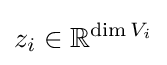
z_{i}\in \mathbb {R} ^{\dim V_{i}}